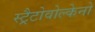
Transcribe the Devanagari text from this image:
स्ट्रैटोवोल्केनो